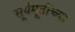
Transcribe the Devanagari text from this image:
सूर्यमूर्तीच्या